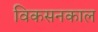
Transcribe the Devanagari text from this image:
विकसनकाल